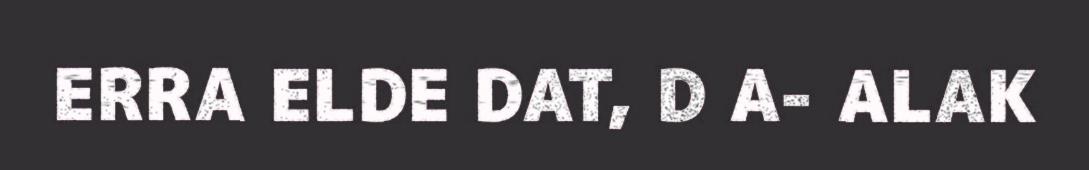
ERRA ELDE DAT, D A- ALAK